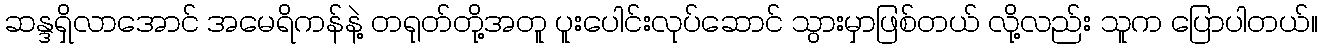
ဆန္ဒရှိလာအောင် အမေရိကန်နဲ့ တရုတ်တို့အတူ ပူးပေါင်းလုပ်ဆောင် သွားမှာဖြစ်တယ် လို့လည်း သူက ပြောပါတယ်။